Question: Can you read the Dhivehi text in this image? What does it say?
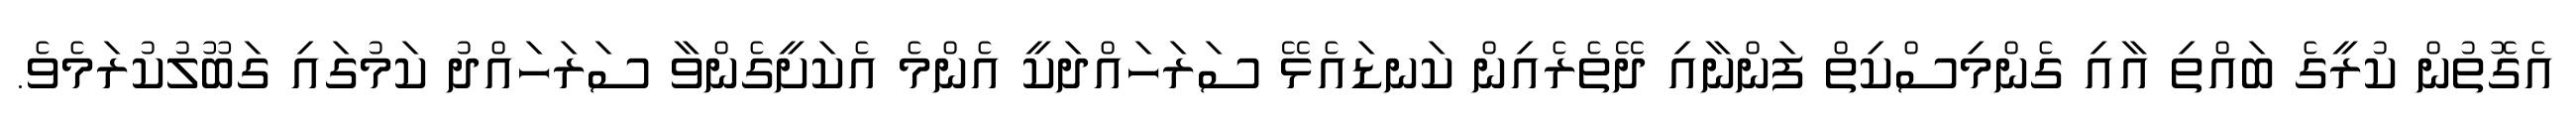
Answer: އެގޮތުން ކުރީގެ ބައްތި އާއި ގެންމިސްކިތް ފަންނާއި ދޭތެރެއިން ކަނޑައެޅޭ ސަރަހައްދަކީ އެންމެ އެކަށީގެންވާ ސަރަހައްދު ކަމުގައި ގަބޫލުކުރަމެވެ.